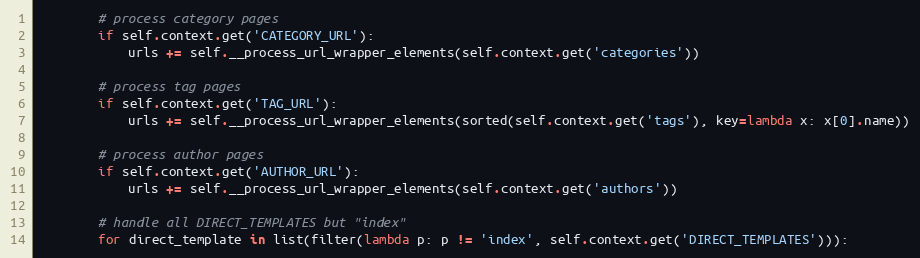
Language: Python
        # process category pages
        if self.context.get('CATEGORY_URL'):
            urls += self.__process_url_wrapper_elements(self.context.get('categories'))

        # process tag pages
        if self.context.get('TAG_URL'):
            urls += self.__process_url_wrapper_elements(sorted(self.context.get('tags'), key=lambda x: x[0].name))

        # process author pages
        if self.context.get('AUTHOR_URL'):
            urls += self.__process_url_wrapper_elements(self.context.get('authors'))

        # handle all DIRECT_TEMPLATES but "index"
        for direct_template in list(filter(lambda p: p != 'index', self.context.get('DIRECT_TEMPLATES'))):